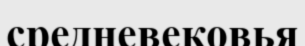
средневековья